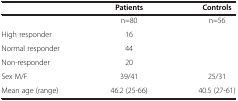
<table><thead><tr><td><b> </b></td><td><b>Patients</b></td><td><b>Controls</b></td></tr></thead><tbody><tr><td> </td><td>n=80</td><td>n=56</td></tr><tr><td>High responder</td><td>16</td><td> </td></tr><tr><td>Normal responder</td><td>44</td><td> </td></tr><tr><td>Non-responder</td><td>20</td><td> </td></tr><tr><td>Sex M/F</td><td>39/41</td><td>25/31</td></tr><tr><td>Mean age (range)</td><td>46.2 (25-66)</td><td>40.5 (27-61)</td></tr></tbody></table>